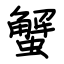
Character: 蟹